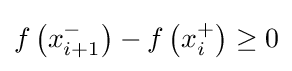
f\left(x_{i+1}^{-}\right)-f\left(x_{i}^{+}\right)\geq 0